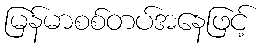
မြန်မာစစ်တပ်အနေဖြင့်